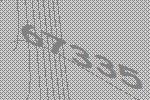
67335